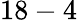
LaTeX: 18-4